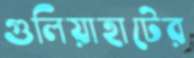
গুলিয়াহাটের